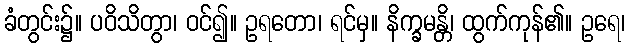
ခံတွင်း၌။ ပဝိသိတွာ၊ ဝင်၍။ ဥရတော၊ ရင်မှ။ နိက္ခမန္တိ၊ ထွက်ကုန်၏။ ဥရေ၊